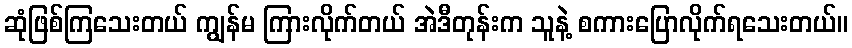
ဆုံဖြစ်ကြသေးတယ် ကျွန်မ ကြားလိုက်တယ် အဲဒီတုန်းက သူနဲ့ စကားပြောလိုက်ရသေးတယ်။